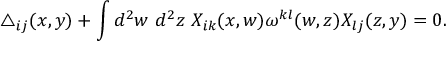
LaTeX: \triangle _ { i j } ( x , y ) + \int d ^ { 2 } w ~ d ^ { 2 } z ~ X _ { i k } ( x , w ) \omega ^ { k l } ( w , z ) X _ { l j } ( z , y ) = 0 .